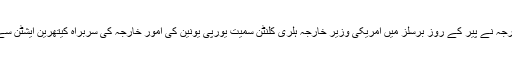
پاکستانی وزیر خارجہ نے پیر کے روز برسلز میں امریکی وزیر خارجہ ہلری کلنٹن سمیت یورپی یونین کی امور خارجہ کی سربراہ کیتھرین ایشٹن سے بھی ملاقات کی۔